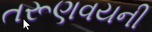
તરૂણવયની